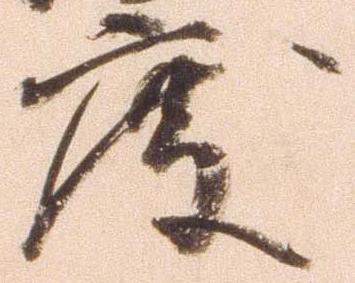
度